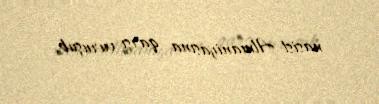
nasist Almaniyasına qarşı vuruşub.